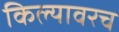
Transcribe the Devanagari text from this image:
किल्यावरच